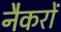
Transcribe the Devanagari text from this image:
नैकरों